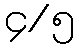
၄/၅